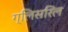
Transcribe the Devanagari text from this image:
ग्लिसरिल